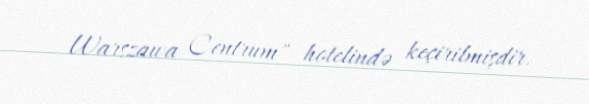
Warszawa Centrum" hotelində keçirilmişdir.